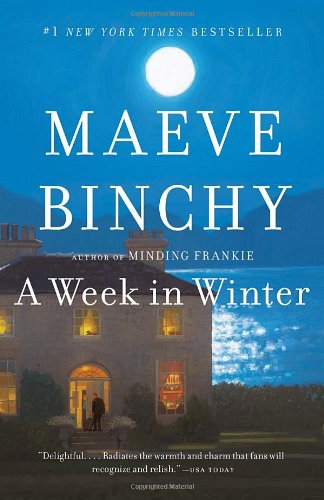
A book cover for A Week in Winter; Maeve Binchy; Literature & Fiction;